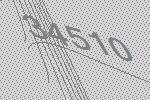
34510